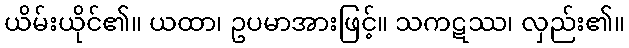
ယိမ်းယိုင်၏။ ယထာ၊ ဥပမာအားဖြင့်။ သကဋဿ၊ လှည်း၏။